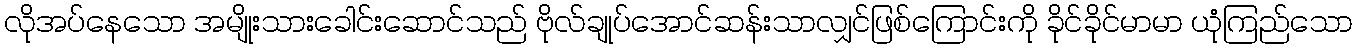
လိုအပ်နေသော အမျိုးသားခေါင်းဆောင်သည် ဗိုလ်ချုပ်အောင်ဆန်းသာလျှင်ဖြစ်ကြောင်းကို ခိုင်ခိုင်မာမာ ယုံကြည်သော